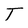
Character: T